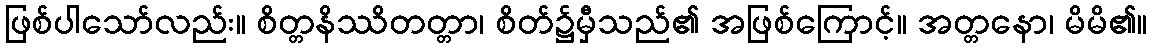
ဖြစ်ပါသော်လည်း။ စိတ္တနိဿိတတ္တာ၊ စိတ်၌မှီသည်၏ အဖြစ်ကြောင့်။ အတ္တနော၊ မိမိ၏။